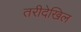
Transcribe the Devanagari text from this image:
तरीदेखिल